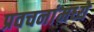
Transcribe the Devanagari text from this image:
प्रवचनांमध्ये